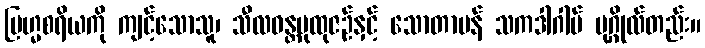
ဗြဟ္မစရိယကို ကျင့်သောသူ၊ သီလဝန္တပုထုဇဉ်နှင့် သောတာပန် သကဒါဂါမ် ပုဂ္ဂိုလ်တည်း။